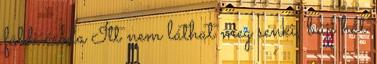
földi csoda Itt nem láthat meg senki, bújj hát